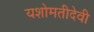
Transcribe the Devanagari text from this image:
यशोमतीदेवी